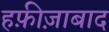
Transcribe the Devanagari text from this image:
हफ़ीज़ाबाद